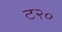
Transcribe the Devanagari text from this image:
ट२०